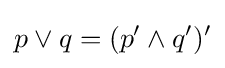
p\lor q=(p^{\prime }\land q^{\prime })^{\prime }